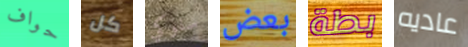
حواف كل سلوكي بعض بطة عاديه